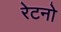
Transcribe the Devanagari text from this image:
रेटनो